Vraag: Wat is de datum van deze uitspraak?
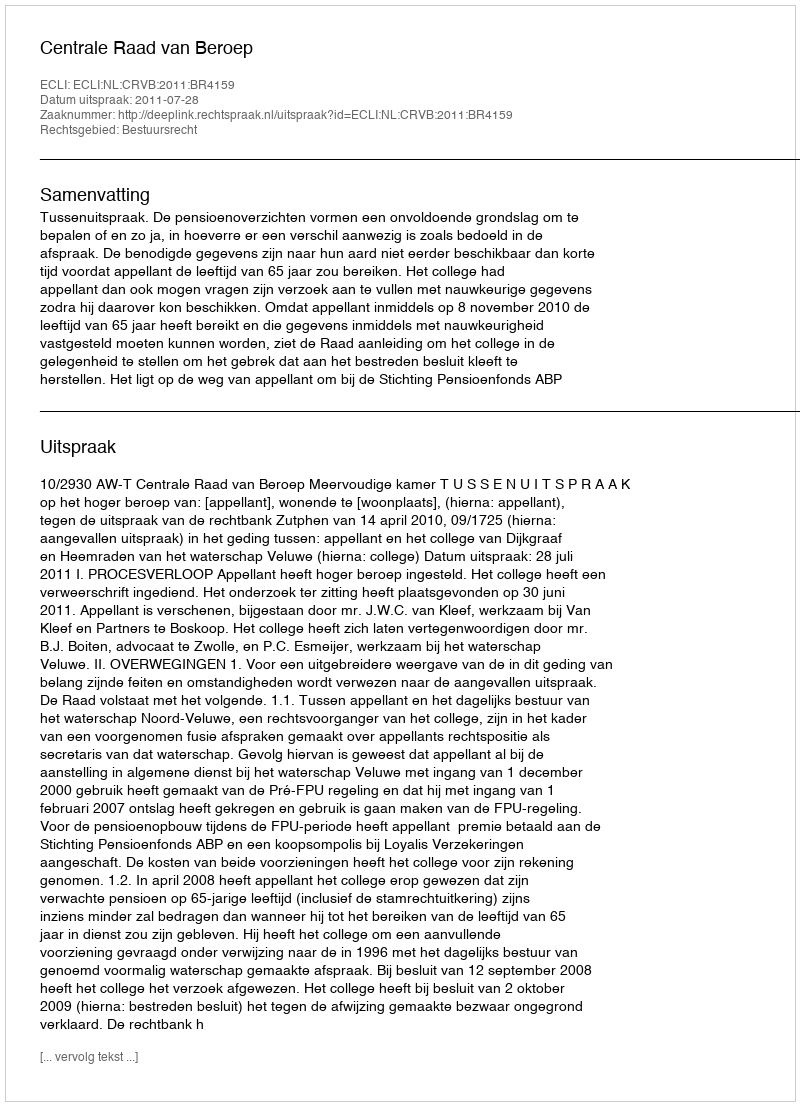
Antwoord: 2011-07-28